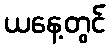
ယနေ့တွင်